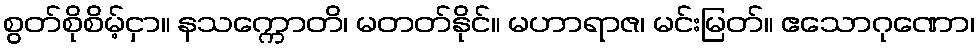
စွတ်စိုစိမ့်ငှာ။ နသက္ကောတိ၊ မတတ်နိုင်။ မဟာရာဇ၊ မင်းမြတ်။ ဧသောဂုဏော၊